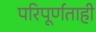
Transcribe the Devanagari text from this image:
परिपूर्णताही